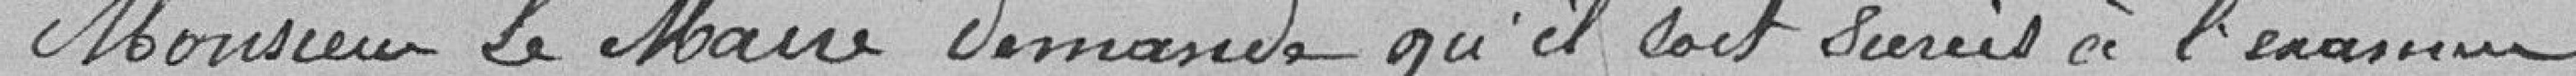
Monsieur le Maire demande qu'il soit soumis à l'examen